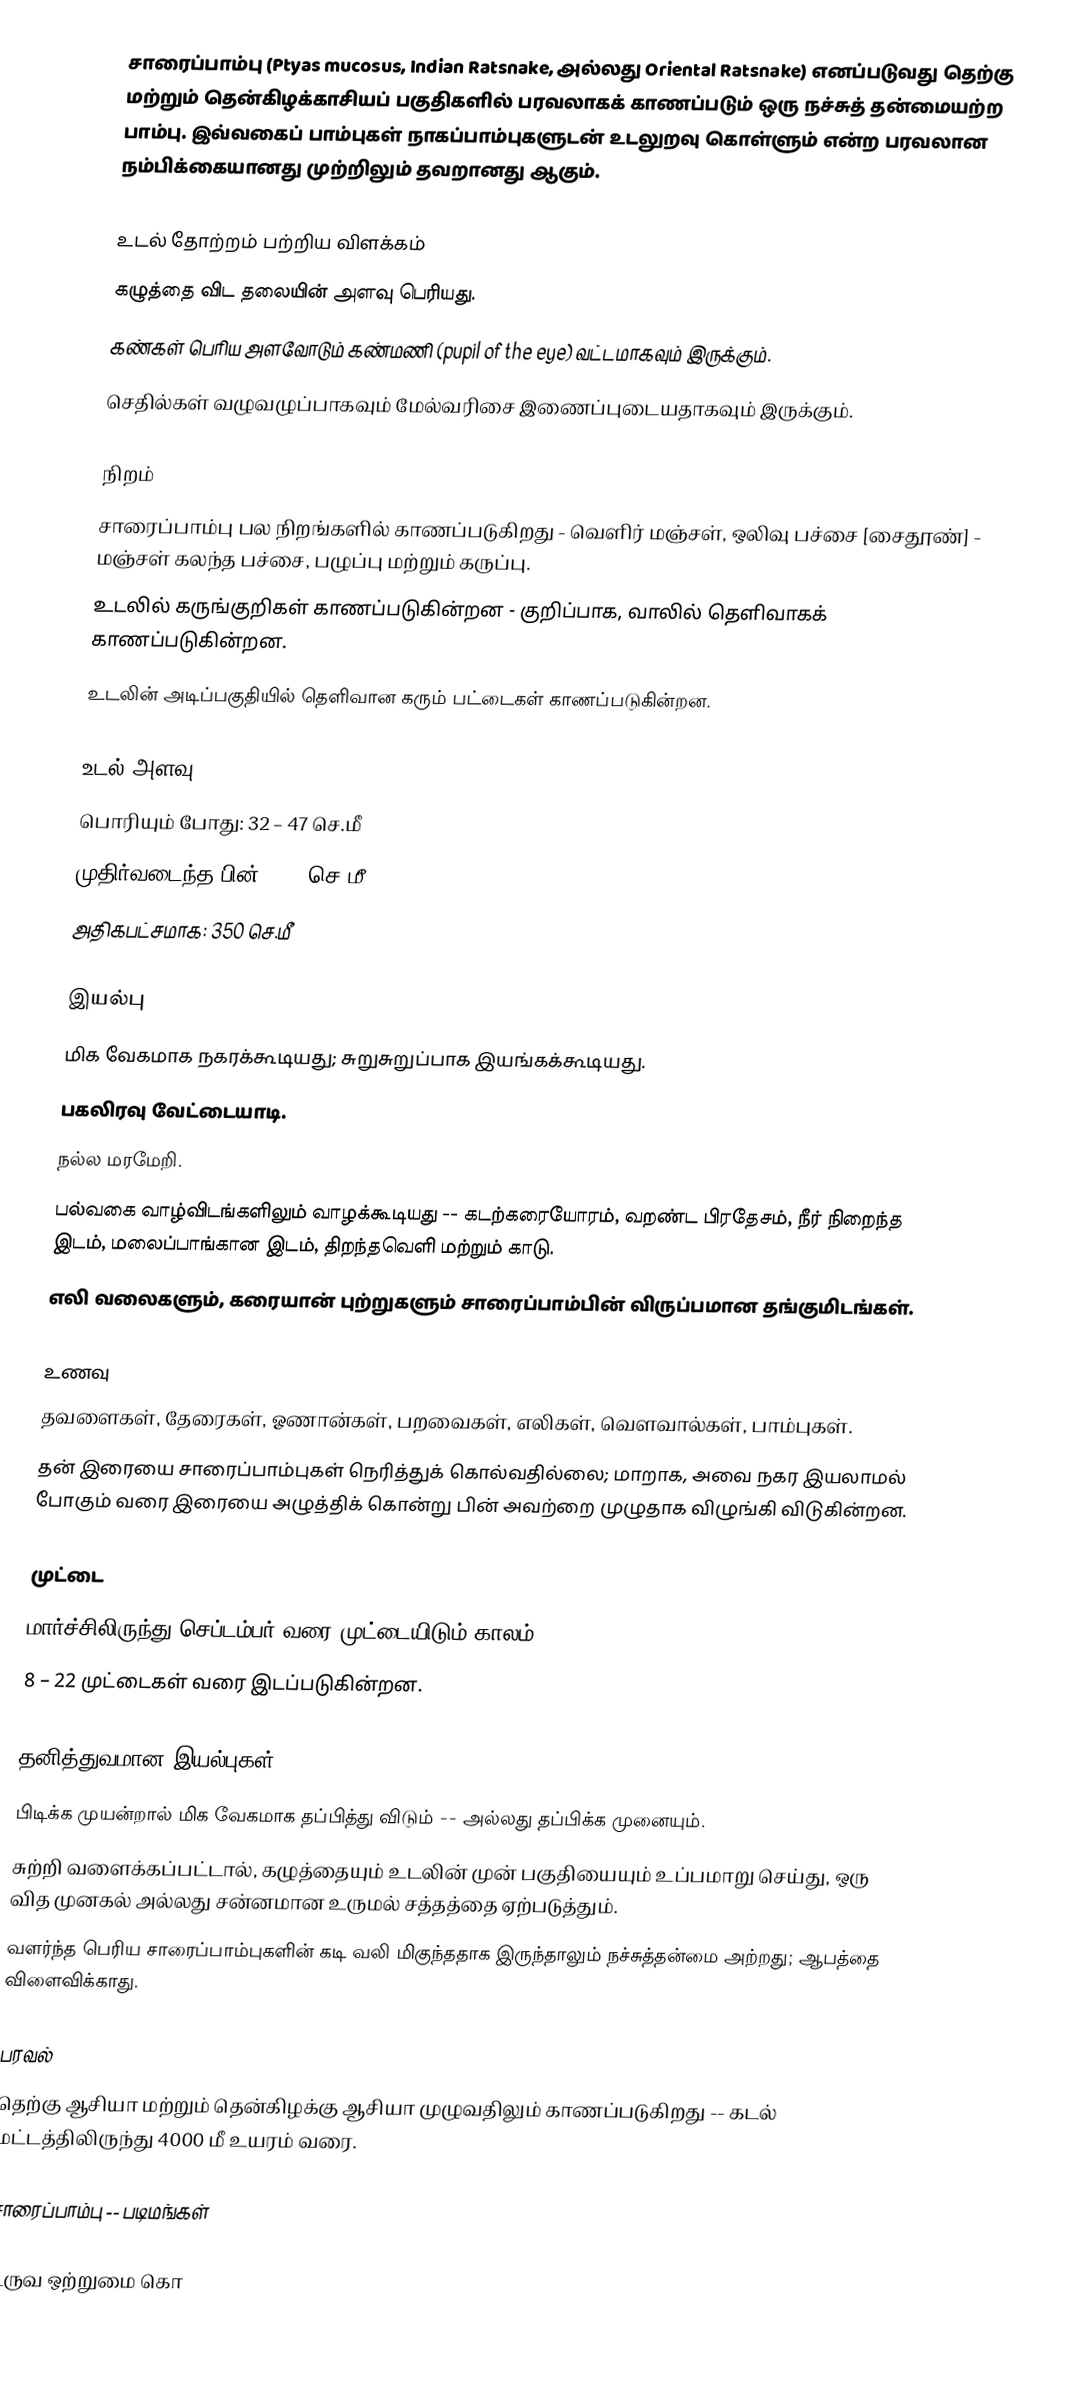
சாரைப்பாம்பு (Ptyas mucosus, Indian Ratsnake, அல்லது Oriental Ratsnake) எனப்படுவது தெற்கு மற்றும் தென்கிழக்காசியப் பகுதிகளில் பரவலாகக் காணப்படும் ஒரு நச்சுத் தன்மையற்ற பாம்பு. இவ்வகைப் பாம்புகள் நாகப்பாம்புகளுடன் உடலுறவு கொள்ளும் என்ற பரவலான நம்பிக்கையானது முற்றிலும் தவறானது ஆகும்.

உடல் தோற்றம் பற்றிய விளக்கம்
 கழுத்தை விட தலையின் அளவு பெரியது.
 கண்கள் பெரிய அளவோடும் கண்மணி (pupil of the eye) வட்டமாகவும் இருக்கும்.
 செதில்கள் வழுவழுப்பாகவும் மேல்வரிசை இணைப்புடையதாகவும் இருக்கும்.

நிறம்
 சாரைப்பாம்பு பல நிறங்களில் காணப்படுகிறது - வெளிர் மஞ்சள், ஒலிவு பச்சை [சைதூண்] - மஞ்சள் கலந்த பச்சை, பழுப்பு மற்றும் கருப்பு.
 உடலில் கருங்குறிகள் காணப்படுகின்றன - குறிப்பாக, வாலில் தெளிவாகக் காணப்படுகின்றன.
 உடலின் அடிப்பகுதியில் தெளிவான கரும் பட்டைகள் காணப்படுகின்றன.

உடல் அளவு
 பொரியும் போது: 32 – 47 செ.மீ
 முதிர்வடைந்த பின்: 200 செ.மீ
 அதிகபட்சமாக: 350 செ.மீ

இயல்பு
 மிக வேகமாக நகரக்கூடியது; சுறுசுறுப்பாக இயங்கக்கூடியது.
 பகலிரவு வேட்டையாடி.
 நல்ல மரமேறி.
 பல்வகை வாழ்விடங்களிலும் வாழக்கூடியது -- கடற்கரையோரம், வறண்ட பிரதேசம், நீர் நிறைந்த இடம், மலைப்பாங்கான இடம், திறந்தவெளி மற்றும் காடு.
 எலி வலைகளும், கரையான் புற்றுகளும் சாரைப்பாம்பின் விருப்பமான தங்குமிடங்கள்.

உணவு
 தவளைகள், தேரைகள், ஓணான்கள், பறவைகள், எலிகள், வௌவால்கள், பாம்புகள்.
 தன் இரையை சாரைப்பாம்புகள் நெரித்துக் கொல்வதில்லை; மாறாக, அவை நகர இயலாமல் போகும் வரை இரையை அழுத்திக் கொன்று பின் அவற்றை முழுதாக விழுங்கி விடுகின்றன.

முட்டை
 மார்ச்சிலிருந்து செப்டம்பர் வரை முட்டையிடும் காலம்.
 8 – 22 முட்டைகள் வரை இடப்படுகின்றன.

தனித்துவமான இயல்புகள்
 பிடிக்க முயன்றால் மிக வேகமாக தப்பித்து விடும் -- அல்லது தப்பிக்க முனையும்.
 சுற்றி வளைக்கப்பட்டால், கழுத்தையும் உடலின் முன் பகுதியையும் உப்பமாறு செய்து, ஒரு வித முனகல் அல்லது சன்னமான உருமல் சத்தத்தை ஏற்படுத்தும்.
 வளர்ந்த பெரிய சாரைப்பாம்புகளின் கடி வலி மிகுந்ததாக இருந்தாலும் நச்சுத்தன்மை அற்றது; ஆபத்தை விளைவிக்காது.

பரவல்
தெற்கு ஆசியா மற்றும் தென்கிழக்கு ஆசியா முழுவதிலும் காணப்படுகிறது  -- கடல் மட்டத்திலிருந்து 4000 மீ உயரம் வரை.

சாரைப்பாம்பு -- படிமங்கள்

உருவ ஒற்றுமை கொ